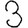
Digit: 3